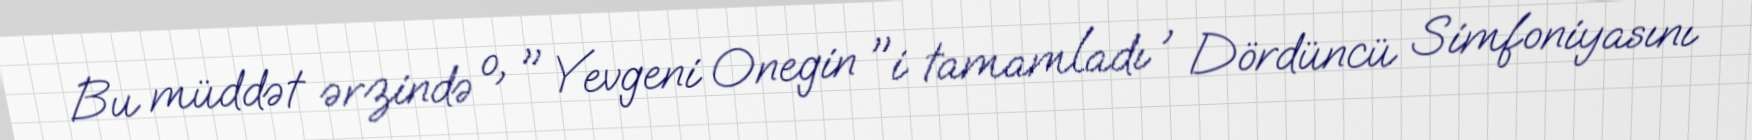
Bu müddət ərzində o, " Yevgeni Onegin "i tamamladı , Dördüncü Simfoniyasını